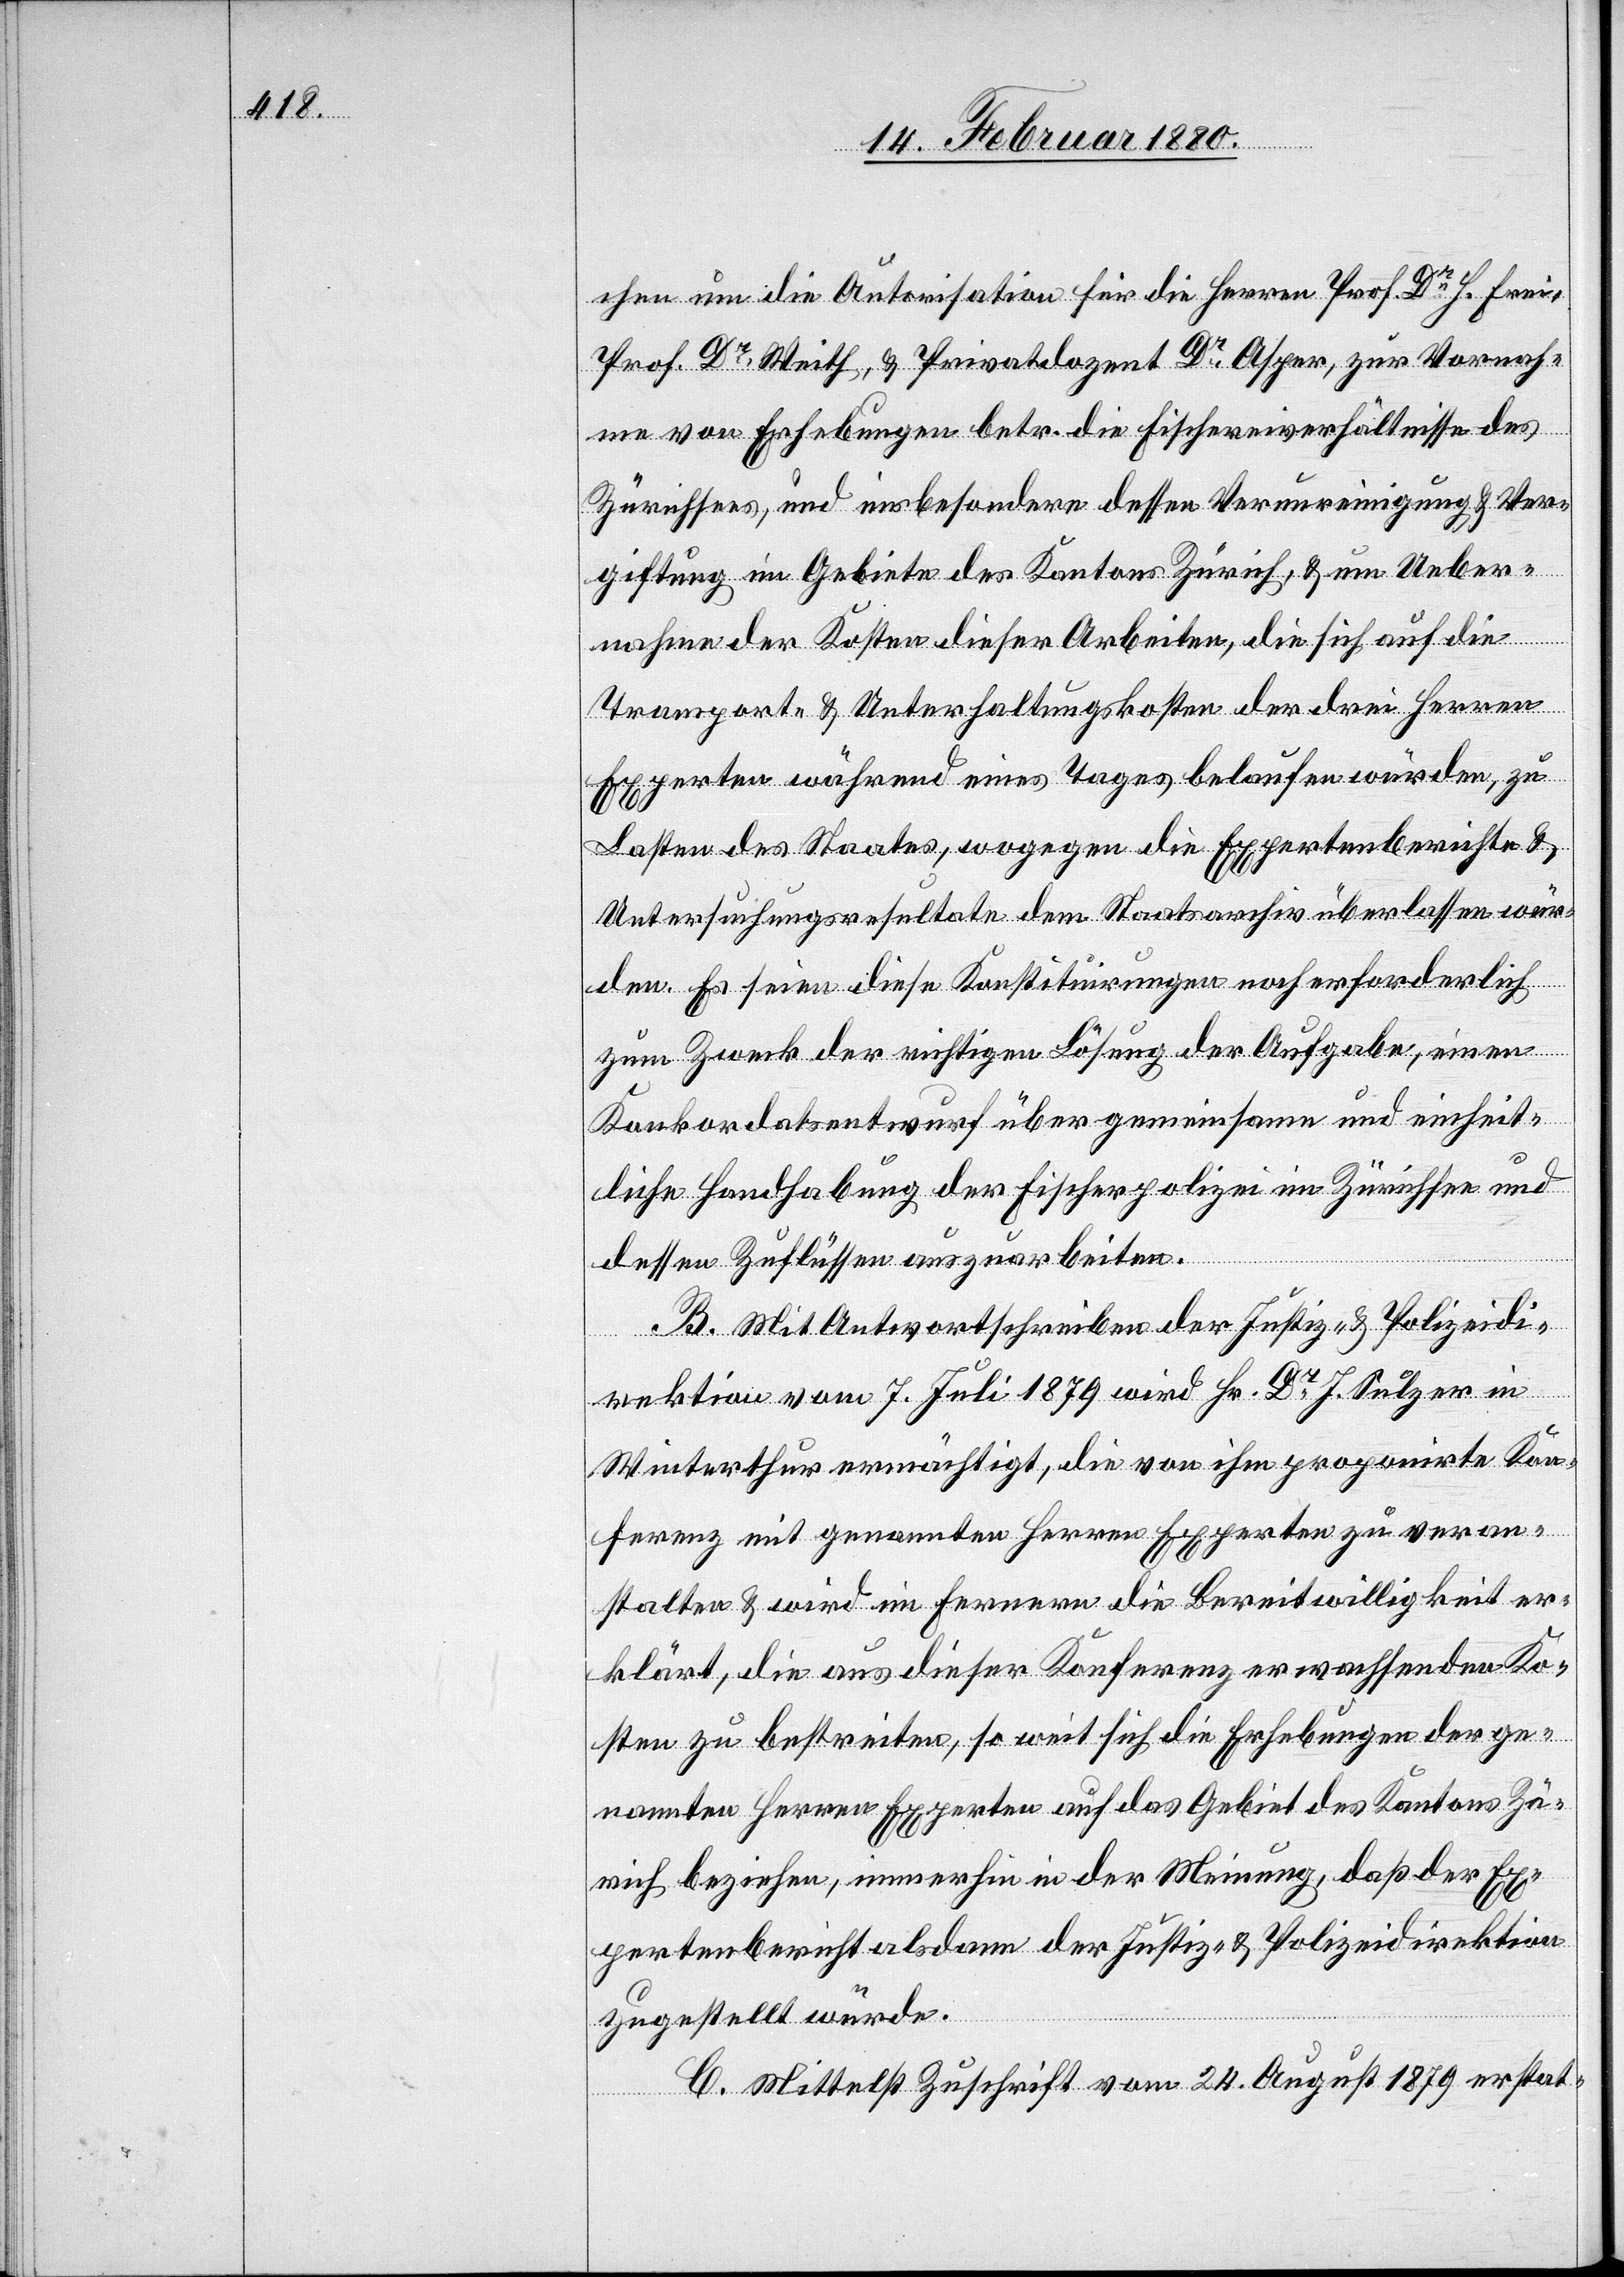
chen um die Autorisation für die Herren Prof. Dr. H. Erni,
Prof. Dr Weith, & Privatdozent Dr Asper, zur Vornah¬
me von Erhebungen betr. die Fischereiverhältnisse des
Zürichsees, und insbesondere dessen Verunreinigung & Ver¬
giftung im Gebiete des Kantons Zürich, & um Ueber¬
nahme der Kosten dieser Arbeiten, die sich auf die
Transport- & Unterhaltungskosten der drei Herren
Experten während eines Tages belaufen würden, zu
Lasten des Staates, wogegen die Expertenberichte &
Untersuchungsresultate dem Staatsarchiv überlassen wür¬
den. Es seien diese Konstituirungen noch erforderlich
zum Zweck der richtigen Lösung der Aufgabe, einen
Konkordatsentwurf über gemeinsame und einheit¬
liche Handhabung der Fischerpolizei im Zürichsee und
dessen Zuflüssen auszuarbeiten.
B. Mit Antwortschreiben der Justiz- & Polizeidi¬
rektion vom 7. Juli 1879 wird Hr. Dr J. Sulzer in
Winterthur ermächtigt, die von ihm proponirte Kon¬
ferenz mit genannten Herren Experten zu veran¬
stalten & wird im Fernern die Bereitwilligkeit er¬
klärt, die aus dieser Konferenz erwachsenden Ko¬
sten zu bestreiten, so weit sich die Erhebungen der ge¬
nannten Herren Experten auf das Gebiet des Kantons Zü¬
rich beziehen, immerhin in der Meinung, daß der Ex¬
pertenbericht alsdann der Justiz- & Polizeidirektion
zugestellt würde.
C. Mittelst Zuschrift vom 24. August 1879 erstat-